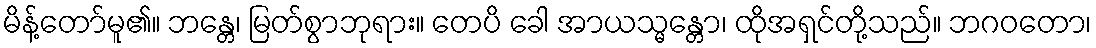
မိန့်တော်မူ၏။ ဘန္တေ၊ မြတ်စွာဘုရား။ တေပိ ခေါ အာယသ္မန္တော၊ ထိုအရှင်တို့သည်။ ဘဂဝတော၊